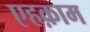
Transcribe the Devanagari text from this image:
एहक़ाम